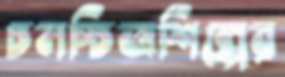
চলচ্চিত্রশিল্পের